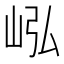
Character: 𪨭